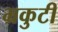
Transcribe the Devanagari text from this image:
भ्रकुटी